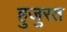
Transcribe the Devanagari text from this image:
हुजुरत